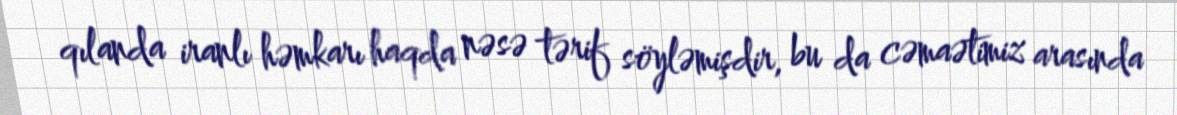
qılanda iranlı həmkarı haqda nəsə tərif söyləmişdir, bu da cəmaətimiz arasında